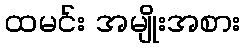
ထမင်း အမျိုးအစား